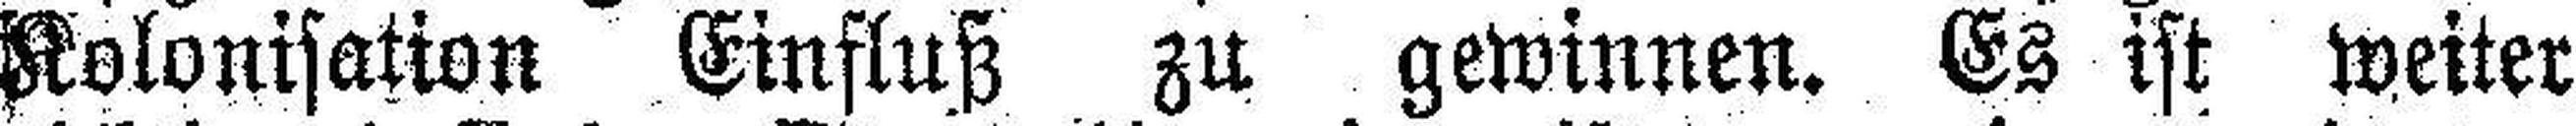
Kolonisation Einfluß zu gewinnen. Es ist weiter